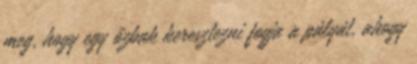
meg, hogy egy őzbak keresztezni fogja a pályát, ahogy